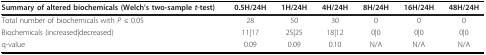
| Summary of altered biochemicals (Welch's two-sample t-test) | 0.5H/24H | 1H/24H | 4H/24H | 8H/24H | 16H/24H | 48H/24H |
 | --- | --- | --- | --- | --- | --- | --- |
 | Total number of biochemicals with P ≤ 0.05 | 28 | 50 | 30 | 0 | 0 | 0 |
 | Biochemicals (increased|decreased) | 11|17 | 25|25 | 18|12 | 0|0 | 0|0 | 0|0 |
 | q-value | 0.09 | 0.09 | 0.10 | N/A | N/A | N/A |